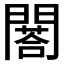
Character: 𨶀